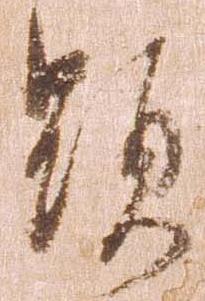
顕